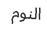
النوم